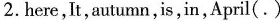
2.here,It,autumn,is,in,April(.)